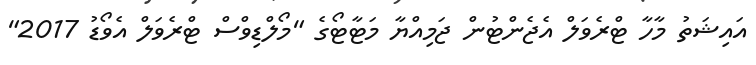
އައިޝަތު މާހާ ޓްރެވަލް އެޖެންޓުން ޖަމިއްޔާ މަޓާޓޯގެ "މޯލްޑިވްސް ޓްރެވަލް އެވޯޑު 2017"